Vaccination in Bombay 1863-1868 - 1863-1868
Year: 1863
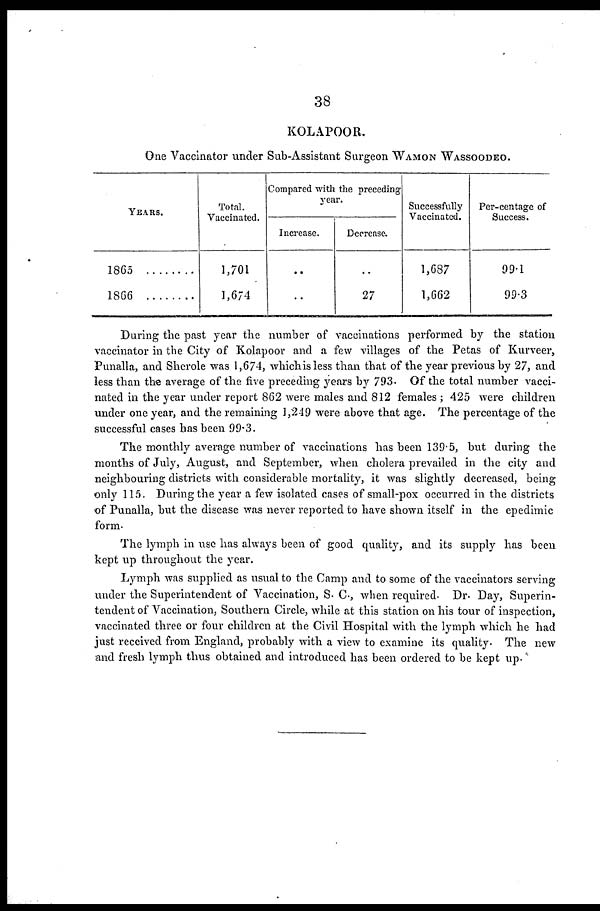
38
KOLAPOOR.
One Vaccinator under Sub-Assistant Surgeon WAMON WASSOODEO.
YEARS.
1865
1866
Total.
Vaccinated.
1,701
1,674
Compared with the preceding
year.
Increase.
..
..
Decrease.
..
27
Successfully
Vaccinated.
1,687
1,662
Per-centage of
Success.
99.1
99.3
During the past year the number of vaccinations performed by the station
vaccinator in the City of Kolapoor and a few villages of the Petas of Kurveer,
Punalla, and Sherole was 1,674, which is less than that of the year previous by 27, and
less than the average of the five preceding years by 793. Of the total number vacci-
nated in the year under report 862 were males and 812 females; 425 were children
under one year, and the remaining 1,249 were above that age. The percentage of the
successful cases has been 99.3.
The monthly average number of vaccinations has been 139.5, but during the
months of July, August, and September, when cholera prevailed in the city and
neighbouring districts with considerable mortality, it was slightly decreased, being
only 115. During the year a few isolated cases of small-pox occurred in the districts
of Punalla, but the disease was never reported to have shown itself in the epedimic
form.
The lymph in use has always been of good quality, and its supply has been
kept up throughout the year.
Lymph was supplied as usual to the Camp and to some of the vaccinators serving
under the Superintendent of Vaccination, S. C., when required. Dr. Day, Superin-
tendent of Vaccination, Southern Circle, while at this station on his tour of inspection,
vaccinated three or four children at the Civil Hospital with the lymph which he had
just received from England, probably with a view to examine its quality. The new
and fresh lymph thus obtained and introduced has been ordered to be kept up.